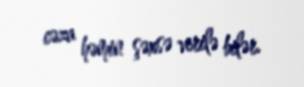
cəza həmin şəxsə verilə bilər.